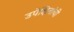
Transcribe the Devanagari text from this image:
उपेक्षितांची